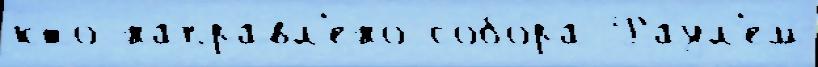
кто напра́вл'ено собо́ра Раул'ем